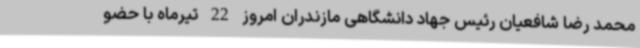
محمد رضا شافعیان رئیس جهاد دانشگاهی مازندران امروز 22 تیرماه با حضو